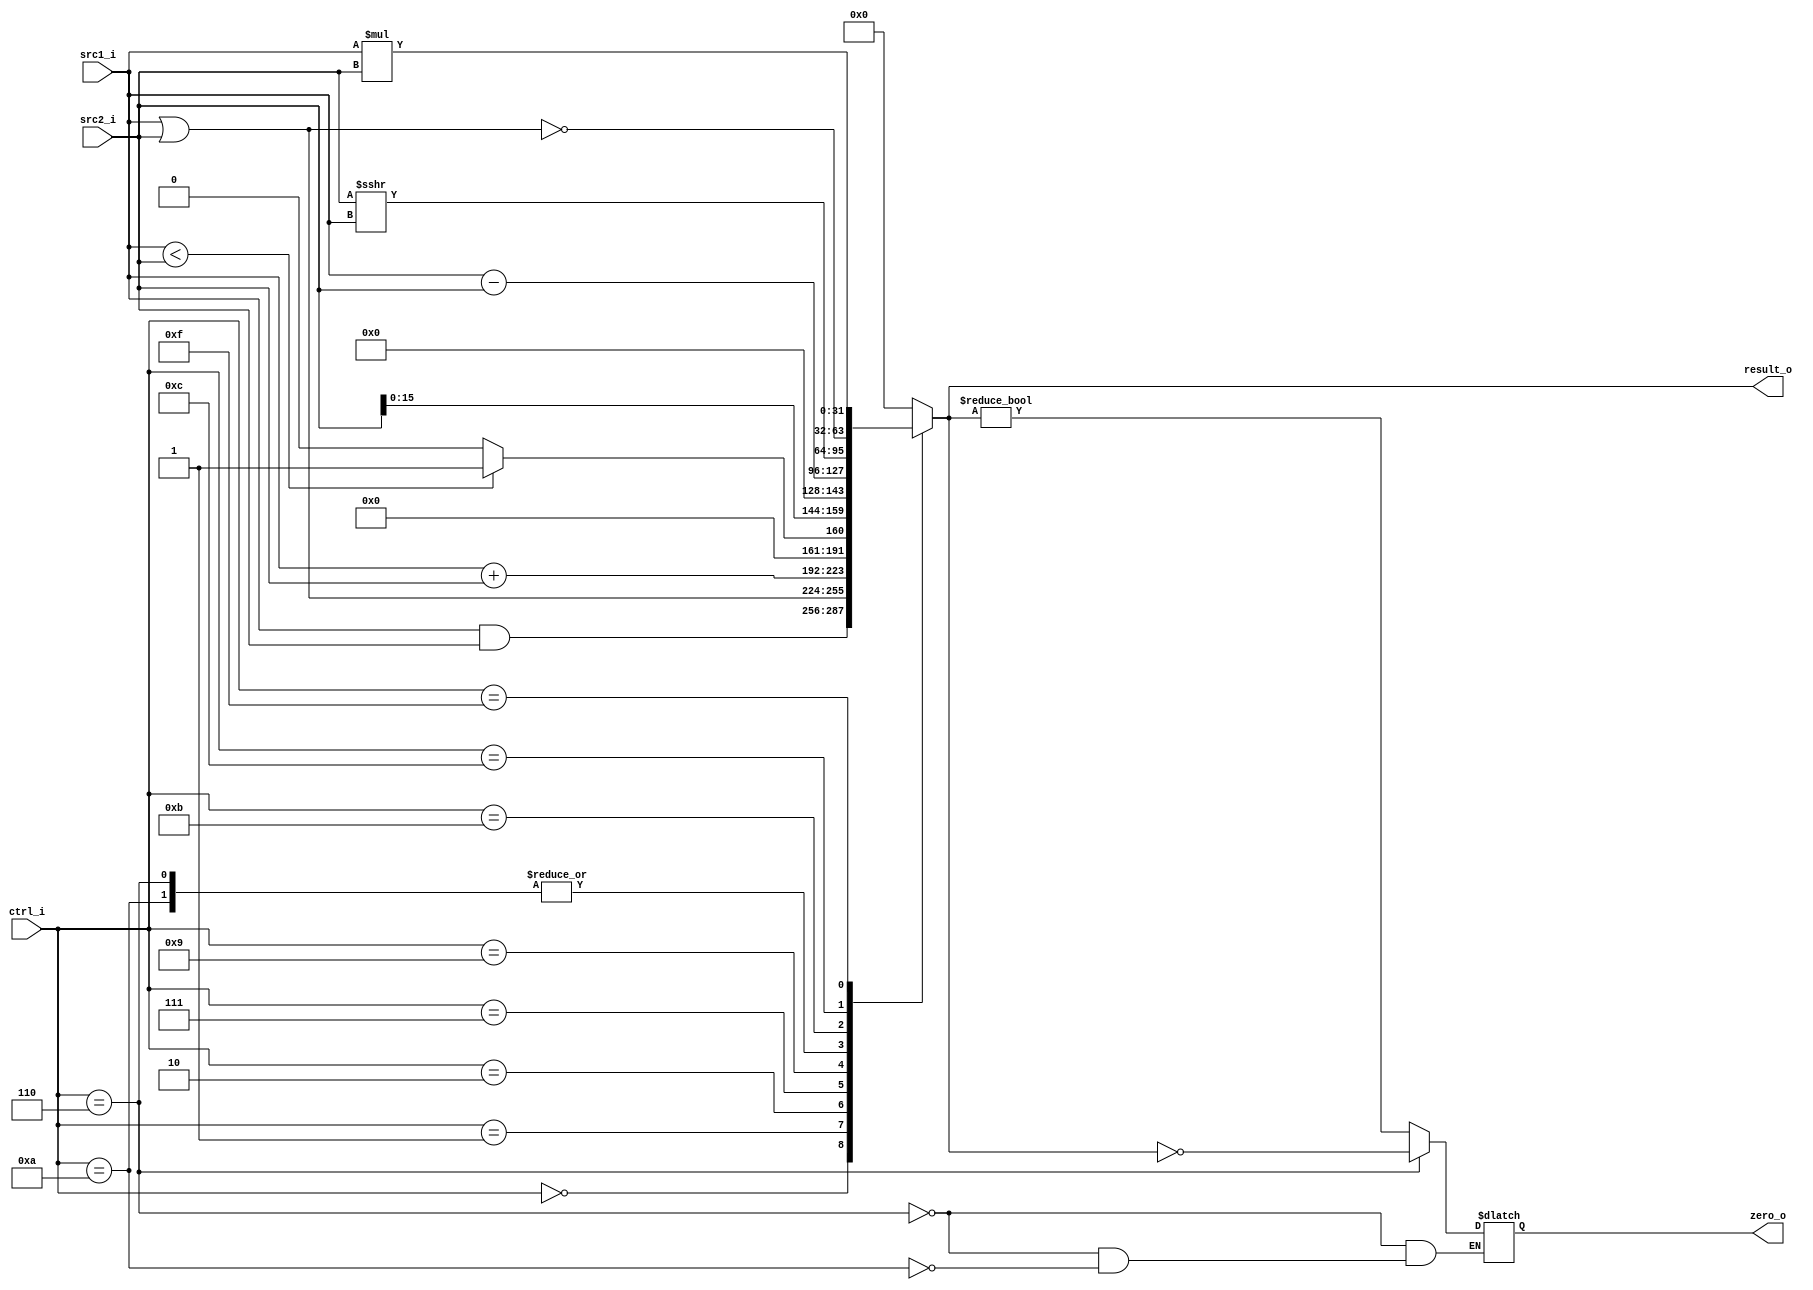
//Subject:     CO project 2 - ALU
//--------------------------------------------------------------------------------
//Version:     1
//--------------------------------------------------------------------------------
//Writer:      
//----------------------------------------------
//Date:        
//----------------------------------------------
//Description: 
//--------------------------------------------------------------------------------

module ALU(
    src1_i,
	src2_i,
	ctrl_i,
	result_o,
	zero_o
	);
     
//I/O ports
input  [32-1:0]   src1_i;
input  [32-1:0] 	 src2_i;
input  [4-1:0]   ctrl_i;

output  reg signed [32-1:0] 	 result_o;
output    reg     zero_o;
reg signed [32-1:0]src4;
//Internal signals
always@(*)
begin
	if(ctrl_i==6)
	begin
	zero_o=(result_o==0);
	end
	else if(ctrl_i==10)
	begin
	zero_o=(result_o!=0);
	end
end
always@(ctrl_i,src1_i,src2_i)
begin
	src4[31:0]=src2_i[31:0];
 case(ctrl_i)
	0:result_o<=src1_i&src2_i;
	1:result_o<=src1_i|src2_i;
	2:result_o<=src1_i+src2_i;
	6:result_o<=src1_i-src2_i;
	7:result_o<=src1_i<src2_i?1:0;
	9:result_o<=src2_i<<16;
	10:result_o<=src1_i-src2_i;
	11:result_o=src4>>>src1_i;
	12:result_o<=~(src1_i|src2_i);
	15:result_o<=src1_i*src2_i;
	default :result_o<=0;
 endcase
end

endmodule